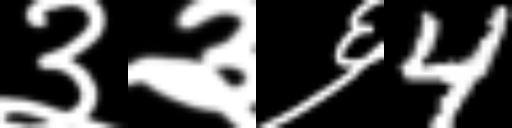
Text: ३३६4